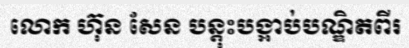
លោក ហ៊ុន សែន បន្តុះបង្អាប់បណ្ឌិតពីរ